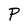
Character: P